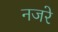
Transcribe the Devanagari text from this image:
नजरे